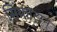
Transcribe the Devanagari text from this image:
सिंक्रोट्रान्